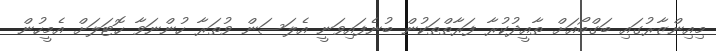
މިއިންޒާރުގައި ބަގްބޯއަށް ތާއީދުކުރާ ފަރާތްތަކުން ބުނެފައިވަނީ އެލަސަން ވުތަރާ ހުންނަވާ ހޮޓަލަށް އެމީހުން